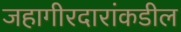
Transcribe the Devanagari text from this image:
जहागीरदारांकडील